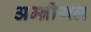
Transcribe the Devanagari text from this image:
अम्ब्रीयल